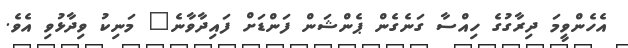
އެހެންވީމަ ދިރާގުގެ ހިއްސާ ގަނެގެން ޕެންޝަން ފަންޑަށް ފައިދާވާނެ" މަނިކު ވިދާޅުވި އެވެ.